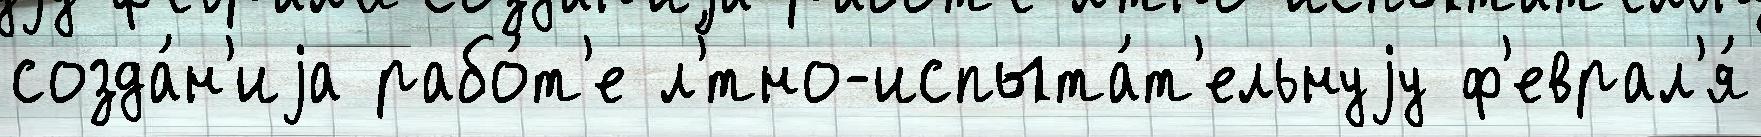
созда́н'иjа рабо́т'е л'́тно-испыта́т'ельнуjу ф'еврал'я́